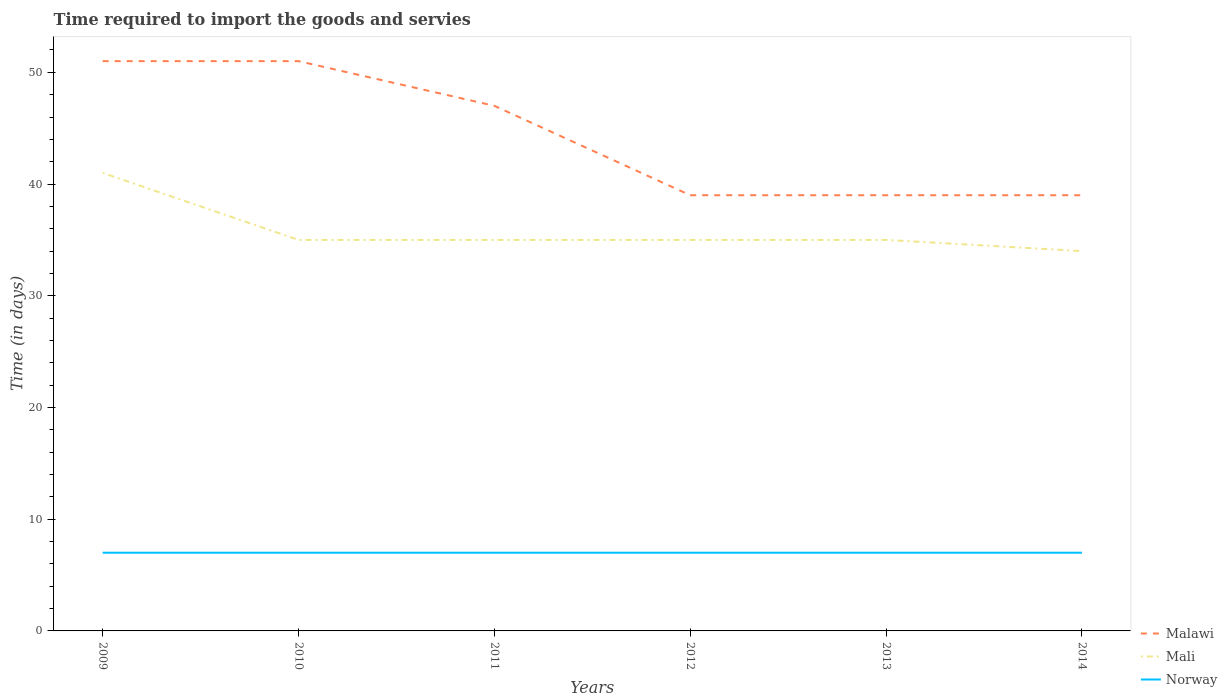
| Years | Malawi | Mali | Norway |
 | --- | --- | --- | --- |
 | 2009 | 51 | 41 | 7 |
 | 2010 | 51 | 35 | 7 |
 | 2011 | 47 | 35 | 7 |
 | 2012 | 39 | 35 | 7 |
 | 2013 | 39 | 35 | 7 |
 | 2014 | 39 | 34 | 7 |